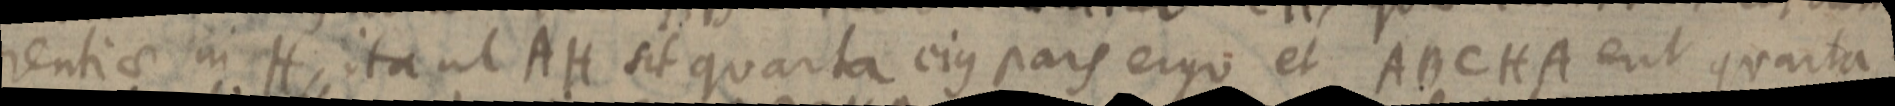
rentiae in H, ita ut AH sit quarta ejus pars ergo et ABCHA eut quarta